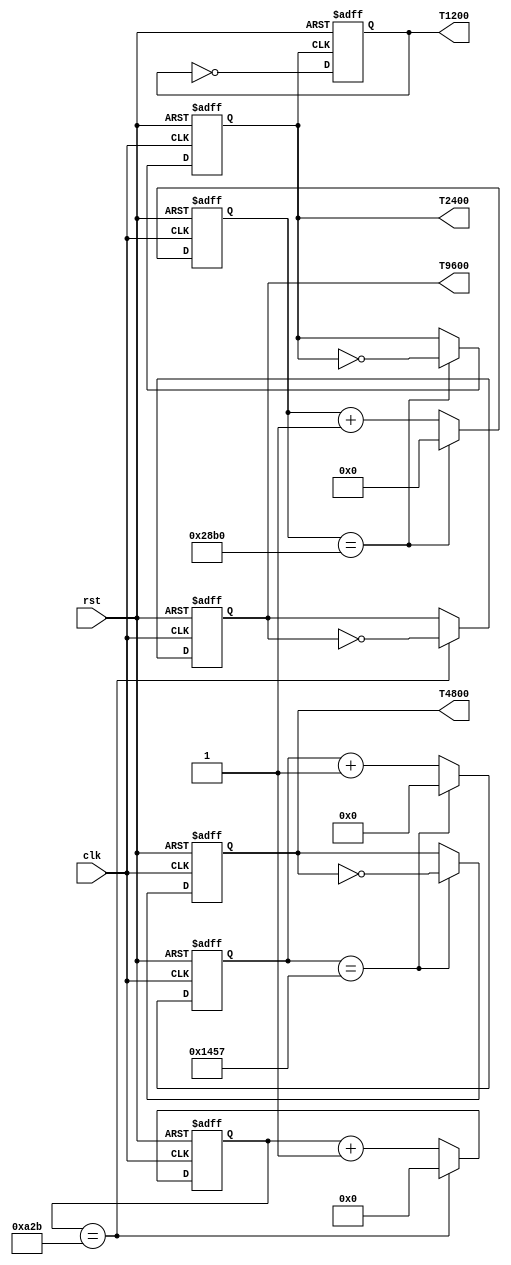

module freq (
   input clk,rst,
   
   output reg T1200,        //1200 baud rate
   output reg T2400,        //2400 baud rate
   output reg T4800,         //4800 baud rate
   output reg T9600        //9600 baud rate
   );

    reg [11:0] TQ9600; //Counter
    reg [13:0] TQ2400; //Counter
    reg [12:0] TQ4800; //Counter

//9600
always @ (posedge(clk), posedge(rst))   // trig of reset event handeler 
begin
    if (rst == 1'b1) begin // resetting counter
        TQ9600  <= 12'b0; 
        T9600 <= 1'b0;
    end
    else begin
     if (TQ9600 == 12'd2603) begin
     TQ9600  <= 12'b0; 
     T9600 <= ~T9600; 
        end 
        else begin
       TQ9600 <= TQ9600 + 12'd1;
        end
    end
end


//2400
always @ (posedge(clk), posedge(rst))   // trig of reset event handeler 
begin
    if (rst == 1'b1) begin // resetting counter
        TQ2400  <= 14'b0; 
        T2400 <= 1'b0;
    end
    else begin
     if (TQ2400 == 14'd10416) begin
     TQ2400  <= 14'b0; 
     T2400 <= ~T2400; 
        end 
        else begin
       TQ2400 <= TQ2400 + 14'd1;
        end
    end
end


//4800
always @ (posedge(clk), posedge(rst))   // trig of reset event handeler 
begin
    if (rst == 1'b1) begin // resetting counter
        TQ4800  <= 13'b0; 
        T4800 <= 1'b0;
    end
    else begin
     if (TQ4800 == 13'd5207) begin
     TQ4800  <= 13'b0; 
     T4800 <= ~T4800; 
        end 
        else begin
       TQ4800 <= TQ4800 + 13'd1;
        end
    end
end

//1200
always @ (posedge(T2400), posedge(rst))   // trig of reset event handeler 
begin
    if (rst == 1'b1) begin // resetting counter
     T1200 <= 1'b0;
    end
    else begin
     T1200 <= ~T1200; 
    end
end

endmodule